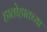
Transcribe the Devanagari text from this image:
हातोहातच्या